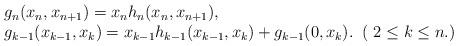
LaTeX: \begin{align*}\begin{array}{l}g_n(x_n,x_{n+1})=x_n h_n(x_n,x_{n+1}),\\g_{k-1}(x_{k-1},x_k)=x_{k-1}h_{k-1}(x_{k-1},x_k)+g_{k-1}(0,x_k).\;\;( \;2 \leq k \leq n.)\end{array}\end{align*}